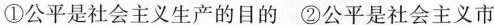
①公平是社会主义生产的目的 ②公平是社会主义市